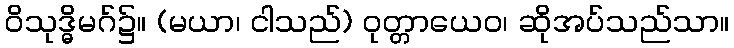
ဝိသုဒ္ဓိမဂ်၌။ (မယာ၊ ငါသည်) ဝုတ္တာယေဝ၊ ဆိုအပ်သည်သာ။